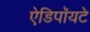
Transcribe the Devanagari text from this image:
ऐडिपॉयटे